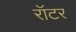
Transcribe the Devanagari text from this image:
रॉटर